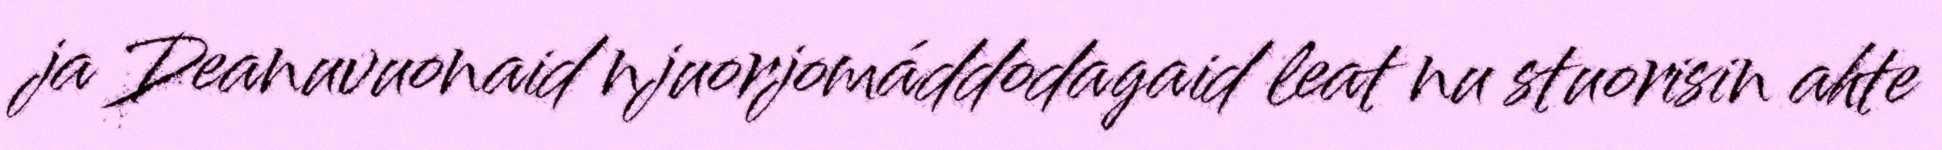
ja Deanuvuonaid njuorjomáddodagaid leat nu stuorisin ahte